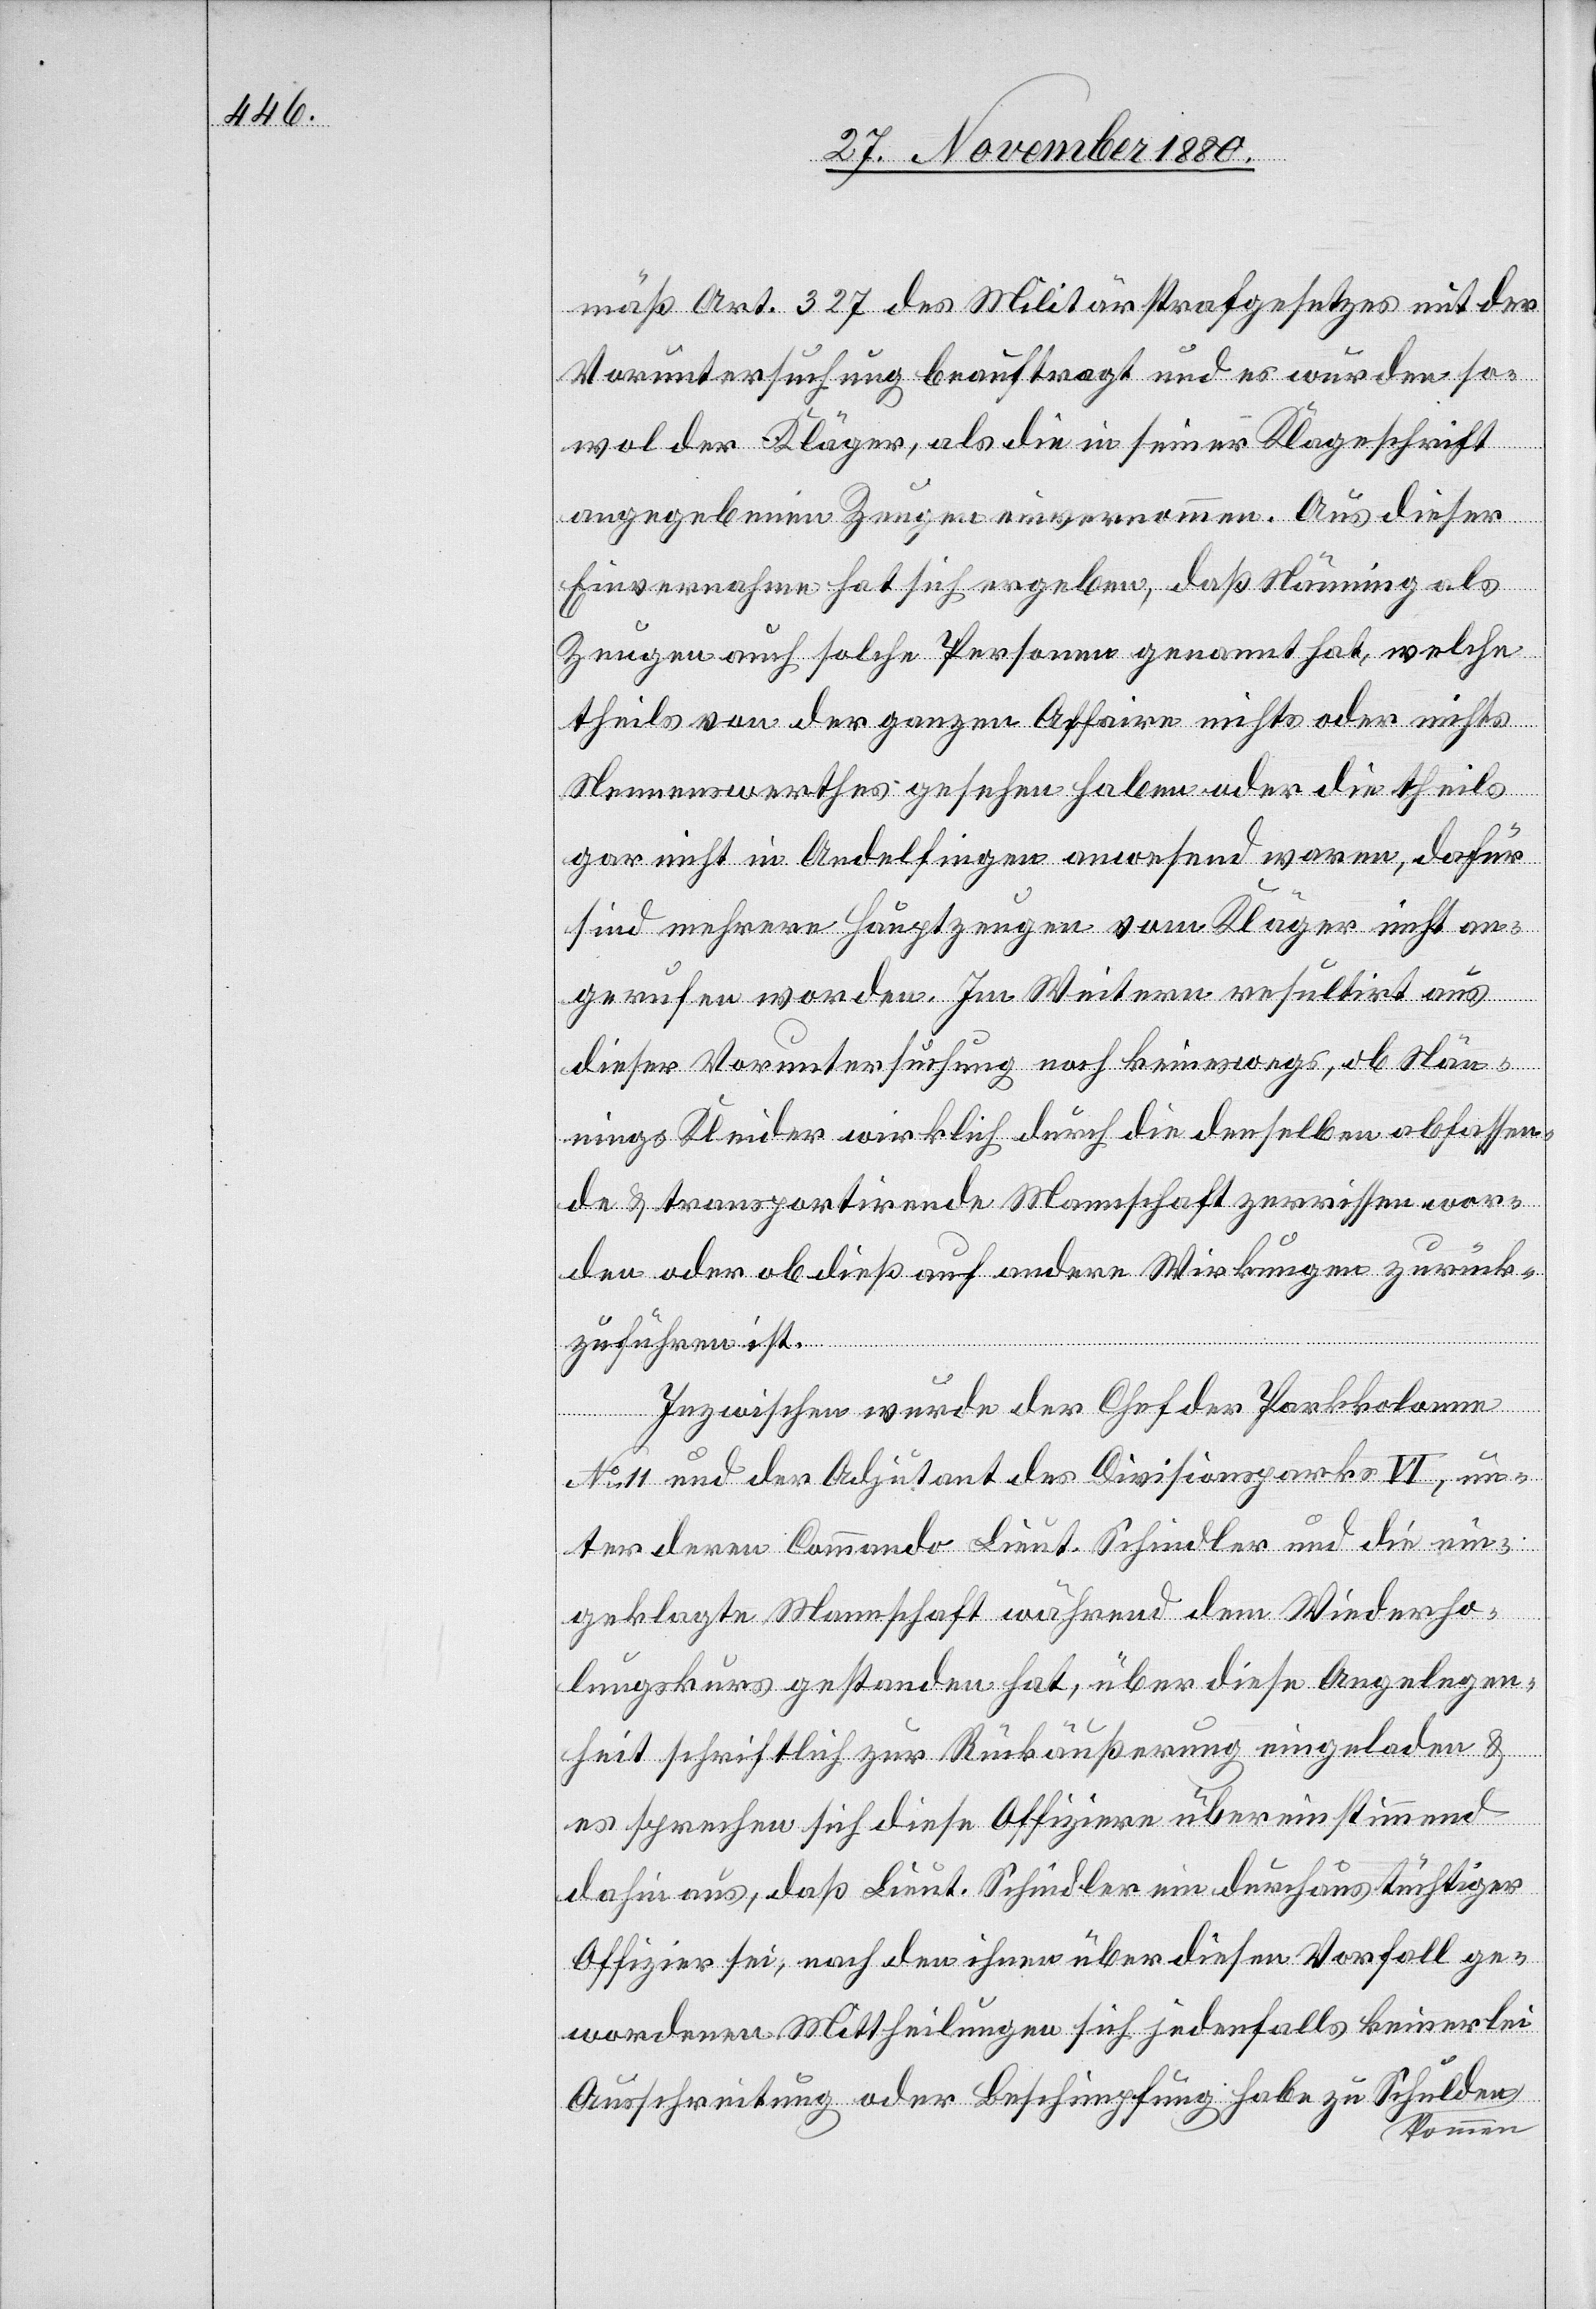
mäß Art. 327 des Militärstrafgesetzes mit der
Voruntersuchung beauftragt und es wurden so¬
wol der Kläger, als die in seiner Klageschrift
angegebenen Zeugen einvernommen. Aus dieser
Einvernahme hat sich ergeben, daß Nänning als
Zeugen auch solche Personen genannt hat, welche
theils von der ganzen Affaire nichts oder nichts
Nennnenswerthes gesehen haben oder die theils
gar nicht in Andelfingen anwesend waren, dafür
sind mehrere Hauptzeugen vom Kläger nicht an¬
gerufen worden. Im Weitern resultirt aus
dieser Voruntersuchung noch keineswegs ob Nän¬
nings Kleider wirklich durch die denselben abfassen¬
de & transportirende Mannschaft zerrissen wor¬
den oder ob dieß auf andere Wirkungen zurück¬
zuführen ist.
Inzwischen wurde der Chef der Parkkolonne
No 11 und der Adjutant des Divisionsparks VI, un¬
ter deren Commando Lieut. Schindler und die ein¬
geklagte Mannschaft während dem Wiederho¬
lungskurs gestanden hat, über diese Angelegen¬
heit schriftlich zur Rückäußerung eingeladen &
es sprechen sich diese Offiziere übereinstimmend
dahin aus, daß Lieut. Schindler ein durchaus tüchtiger
Offizier sei, nach den ihnen über diesen Vorfall ge¬
wordenen Mittheilungen sich jedenfalls keinerlei
Ausschreitung oder Beschimpfung habe zu Schulden
kommen